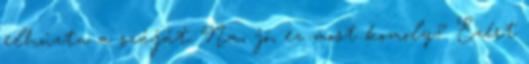
elhúzta a száját. Na, jó, ez most komoly? Ezért